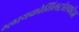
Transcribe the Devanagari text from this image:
ग्लायकोसिलट्रांसफरेज